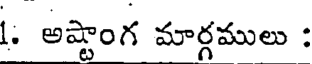
. అష్టాంగ మార్గములు :